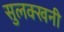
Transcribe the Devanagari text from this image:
सुलक्खनी